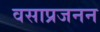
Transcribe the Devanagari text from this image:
वसाप्रजनन